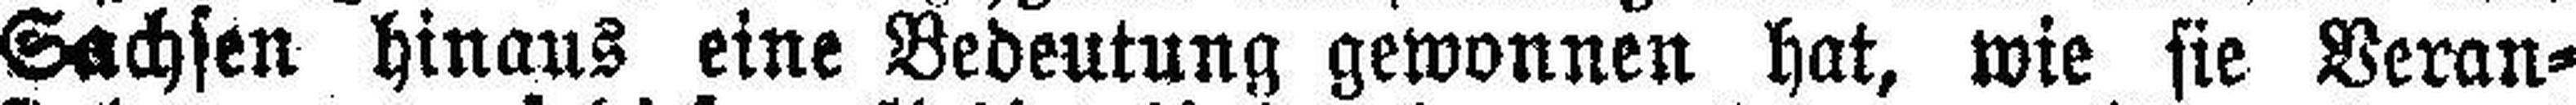
Sachsen hinaus eine Bedeutung gewonnen hat, wie sie Veran¬